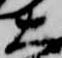
大